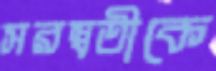
সরস্বতীকে